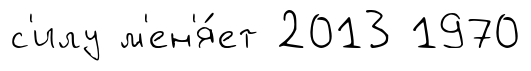
с'илу м'ен'я́ет 2013 1970